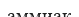
аммиак